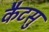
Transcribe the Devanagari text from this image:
कैटसु